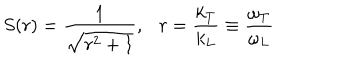
LaTeX: S ( r ) = \frac { 1 } { \sqrt { r ^ { 2 } + 1 } } , r = \frac { k _ { T } } { k _ { L } } \equiv \frac { \omega _ { T } } { \omega _ { L } }